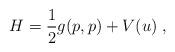
LaTeX: \begin{align*} H = \frac{1}{2}g(p,p)+V(u)\;,\end{align*}